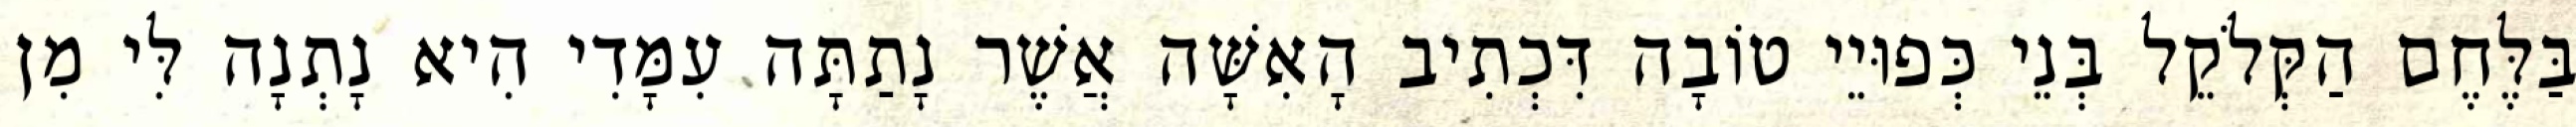
בַּלֶּחֶם הַקְּלֹקֵל בְּנֵי כְּפוּיֵי טוֹבָה דִּכְתִיב הָאִשָּׁה אֲשֶׁר נָתַתָּה עִמָּדִי הִיא נָתְנָה לִּי מִן